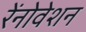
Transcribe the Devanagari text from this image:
रेंनोवेशन